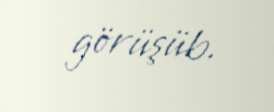
görüşüb.